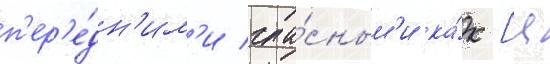
п'ер'е́дн'им'и гла́сным'и ка́к [ц